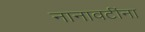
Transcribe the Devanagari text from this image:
नानावटींना